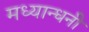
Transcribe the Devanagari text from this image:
मध्यान्धनी